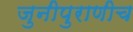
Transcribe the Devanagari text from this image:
जुनीपुराणीच